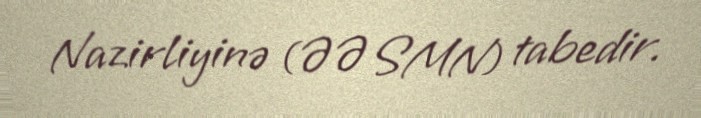
Nazirliyinə (ƏƏSMN) tabedir.